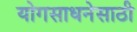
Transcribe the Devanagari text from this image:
योगसाधनेसाठी